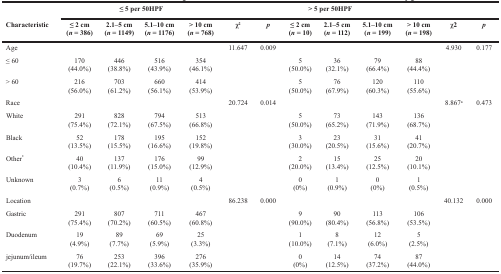
<table><thead><tr><td></td><td colspan="4"><b>≤ 5 per 50HPF</b></td><td colspan="6"><b>&gt; 5 per 50HPF</b></td><td colspan="2"></td></tr><tr><td><b>Characteristic</b></td><td><b>≤ 2 cm(<i>n</i> = 386)</b></td><td><b>2.1–5 cm(<i>n</i> = 1149)</b></td><td><b>5.1–10 cm(<i>n</i> = 1176)</b></td><td><b>&gt; 10 cm(<i>n</i> = 768)</b></td><td><b>χ<sup>2</sup></b></td><td><b><i>p</i></b></td><td><b>≤ 2 cm(<i>n</i> = 10)</b></td><td><b>2.1–5 cm(<i>n</i> = 112)</b></td><td><b>5.1–10 cm(<i>n</i> = 199)</b></td><td><b>&gt; 10 cm(<i>n</i> = 198)</b></td><td><b>χ2</b></td><td><b><i>p</i></b></td></tr></thead><tbody><tr><td>Age</td><td></td><td></td><td></td><td></td><td>11.647</td><td>0.009</td><td></td><td></td><td></td><td></td><td>4.930</td><td>0.177</td></tr><tr><td>≤ 60</td><td>170(44.0%)</td><td>446(38.8%)</td><td>516(43.9%)</td><td>354(46.1%)</td><td></td><td></td><td>5(50.0%)</td><td>36(32.1%)</td><td>79(66.4%)</td><td>88(44.4%)</td><td></td><td></td></tr><tr><td>&gt; 60</td><td>216(56.0%)</td><td>703(61.2%)</td><td>660(56.1%)</td><td>414(53.9%)</td><td></td><td></td><td>5(50.0%)</td><td>76(67.9%)</td><td>120(60.3%)</td><td>110(55.6%)</td><td></td><td></td></tr><tr><td>Race</td><td></td><td></td><td></td><td></td><td>20.724</td><td>0.014</td><td></td><td></td><td></td><td></td><td>8.867<sup>a</sup></td><td>0.473</td></tr><tr><td>White</td><td>291(75.4%)</td><td>828(72.1%)</td><td>794(67.5%)</td><td>513(66.8%)</td><td></td><td></td><td>5(50.0%)</td><td>73(65.2%)</td><td>143(71.9%)</td><td>136(68.7%)</td><td></td><td></td></tr><tr><td>Black</td><td>52(13.5%)</td><td>178(15.5%)</td><td>195(16.6%)</td><td>152(19.8%)</td><td></td><td></td><td>3(30.0%)</td><td>23(20.5%)</td><td>31(15.6%)</td><td>41(20.7%)</td><td></td><td></td></tr><tr><td>Other<sup>*</sup></td><td>40(10.4%)</td><td>137(11.9%)</td><td>176(15.0%)</td><td>99(12.9%)</td><td></td><td></td><td>2(20.0%)</td><td>15(13.4%)</td><td>25(12.5%)</td><td>20(10.1%)</td><td></td><td></td></tr><tr><td>Unknown</td><td>3(0.7%)</td><td>6(0.5%)</td><td>11(0.9%)</td><td>4(0.5%)</td><td></td><td></td><td>0(0%)</td><td>1(0.9%)</td><td>0(0%)</td><td>1(0.5%)</td><td></td><td></td></tr><tr><td>Location</td><td></td><td></td><td></td><td></td><td>86.238</td><td>0.000</td><td></td><td></td><td></td><td></td><td>40.132</td><td>0.000</td></tr><tr><td>Gastric</td><td>291(75.4%)</td><td>807(70.2%)</td><td>711(60.5%)</td><td>467(60.8%)</td><td></td><td></td><td>9(90.0%)</td><td>90(80.4%)</td><td>113(56.8%)</td><td>106(53.5%)</td><td></td><td></td></tr><tr><td>Duodenum</td><td>19(4.9%)</td><td>89(7.7%)</td><td>69(5.9%)</td><td>25(3.3%)</td><td></td><td></td><td>1(10.0%)</td><td>8(7.1%)</td><td>12(6.0%)</td><td>5(2.5%)</td><td></td><td></td></tr><tr><td>jejunum/ileum</td><td>76(19.7%)</td><td>253(22.1%)</td><td>396(33.6%)</td><td>276(35.9%)</td><td></td><td></td><td>0(0%)</td><td>14(12.5%)</td><td>74(37.2%)</td><td>87(44.0%)</td><td></td><td></td></tr></tbody></table>